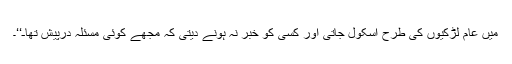
میں عام لڑکیوں کی طرح اسکول جاتی اور کسی کو خبر نہ ہونے دیتی کہ مجھے کوئی مسئلہ درپیش تھاـ‘‘۔